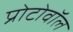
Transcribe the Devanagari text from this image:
प्रोटोवॉल